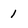
Character: 1